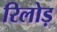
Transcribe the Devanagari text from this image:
रिलोड़